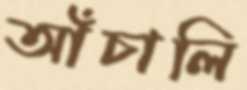
আঁচালি